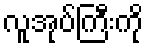
လူအုပ်ကြီးကို